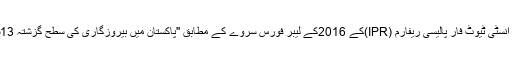
جبکہ پاکستان کے ایک تھنک ٹینک انسٹی ٹیوٹ فار پالیسی ریفارم (IPR)کے 2016کے لیبر فورس سروے کے مطابق ''پاکستان میں بیروزگاری کی سطح گزشتہ 13سال میں سب سے زیادہ ہوچکی ہے۔